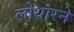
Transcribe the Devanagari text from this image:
लोथारने